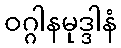
ဝဂ္ဂါနမုဒ္ဒါနံ